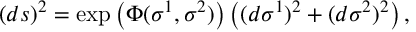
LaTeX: ( d s ) ^ { 2 } = \exp \left( \Phi ( \sigma ^ { 1 } , \sigma ^ { 2 } ) \right) \left( ( d \sigma ^ { 1 } ) ^ { 2 } + ( d \sigma ^ { 2 } ) ^ { 2 } \right) ,